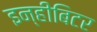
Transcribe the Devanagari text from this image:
इन्हीबिटर